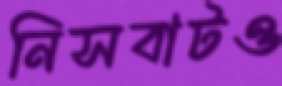
নিসবাটও